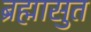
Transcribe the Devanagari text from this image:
ब्रह्मासुत